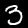
Digit: 3